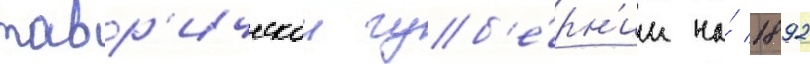
тавр'ическои губ'е́рн'ии на́ 1892